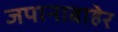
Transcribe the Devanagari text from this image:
जपानाबाहेर